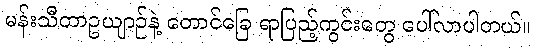
မန်းသီတာဥယျာဉ်နဲ့ တောင်ခြေ ရာပြည့်ကွင်းတွေ ပေါ်လာပါတယ်။